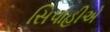
સિપાહીએ